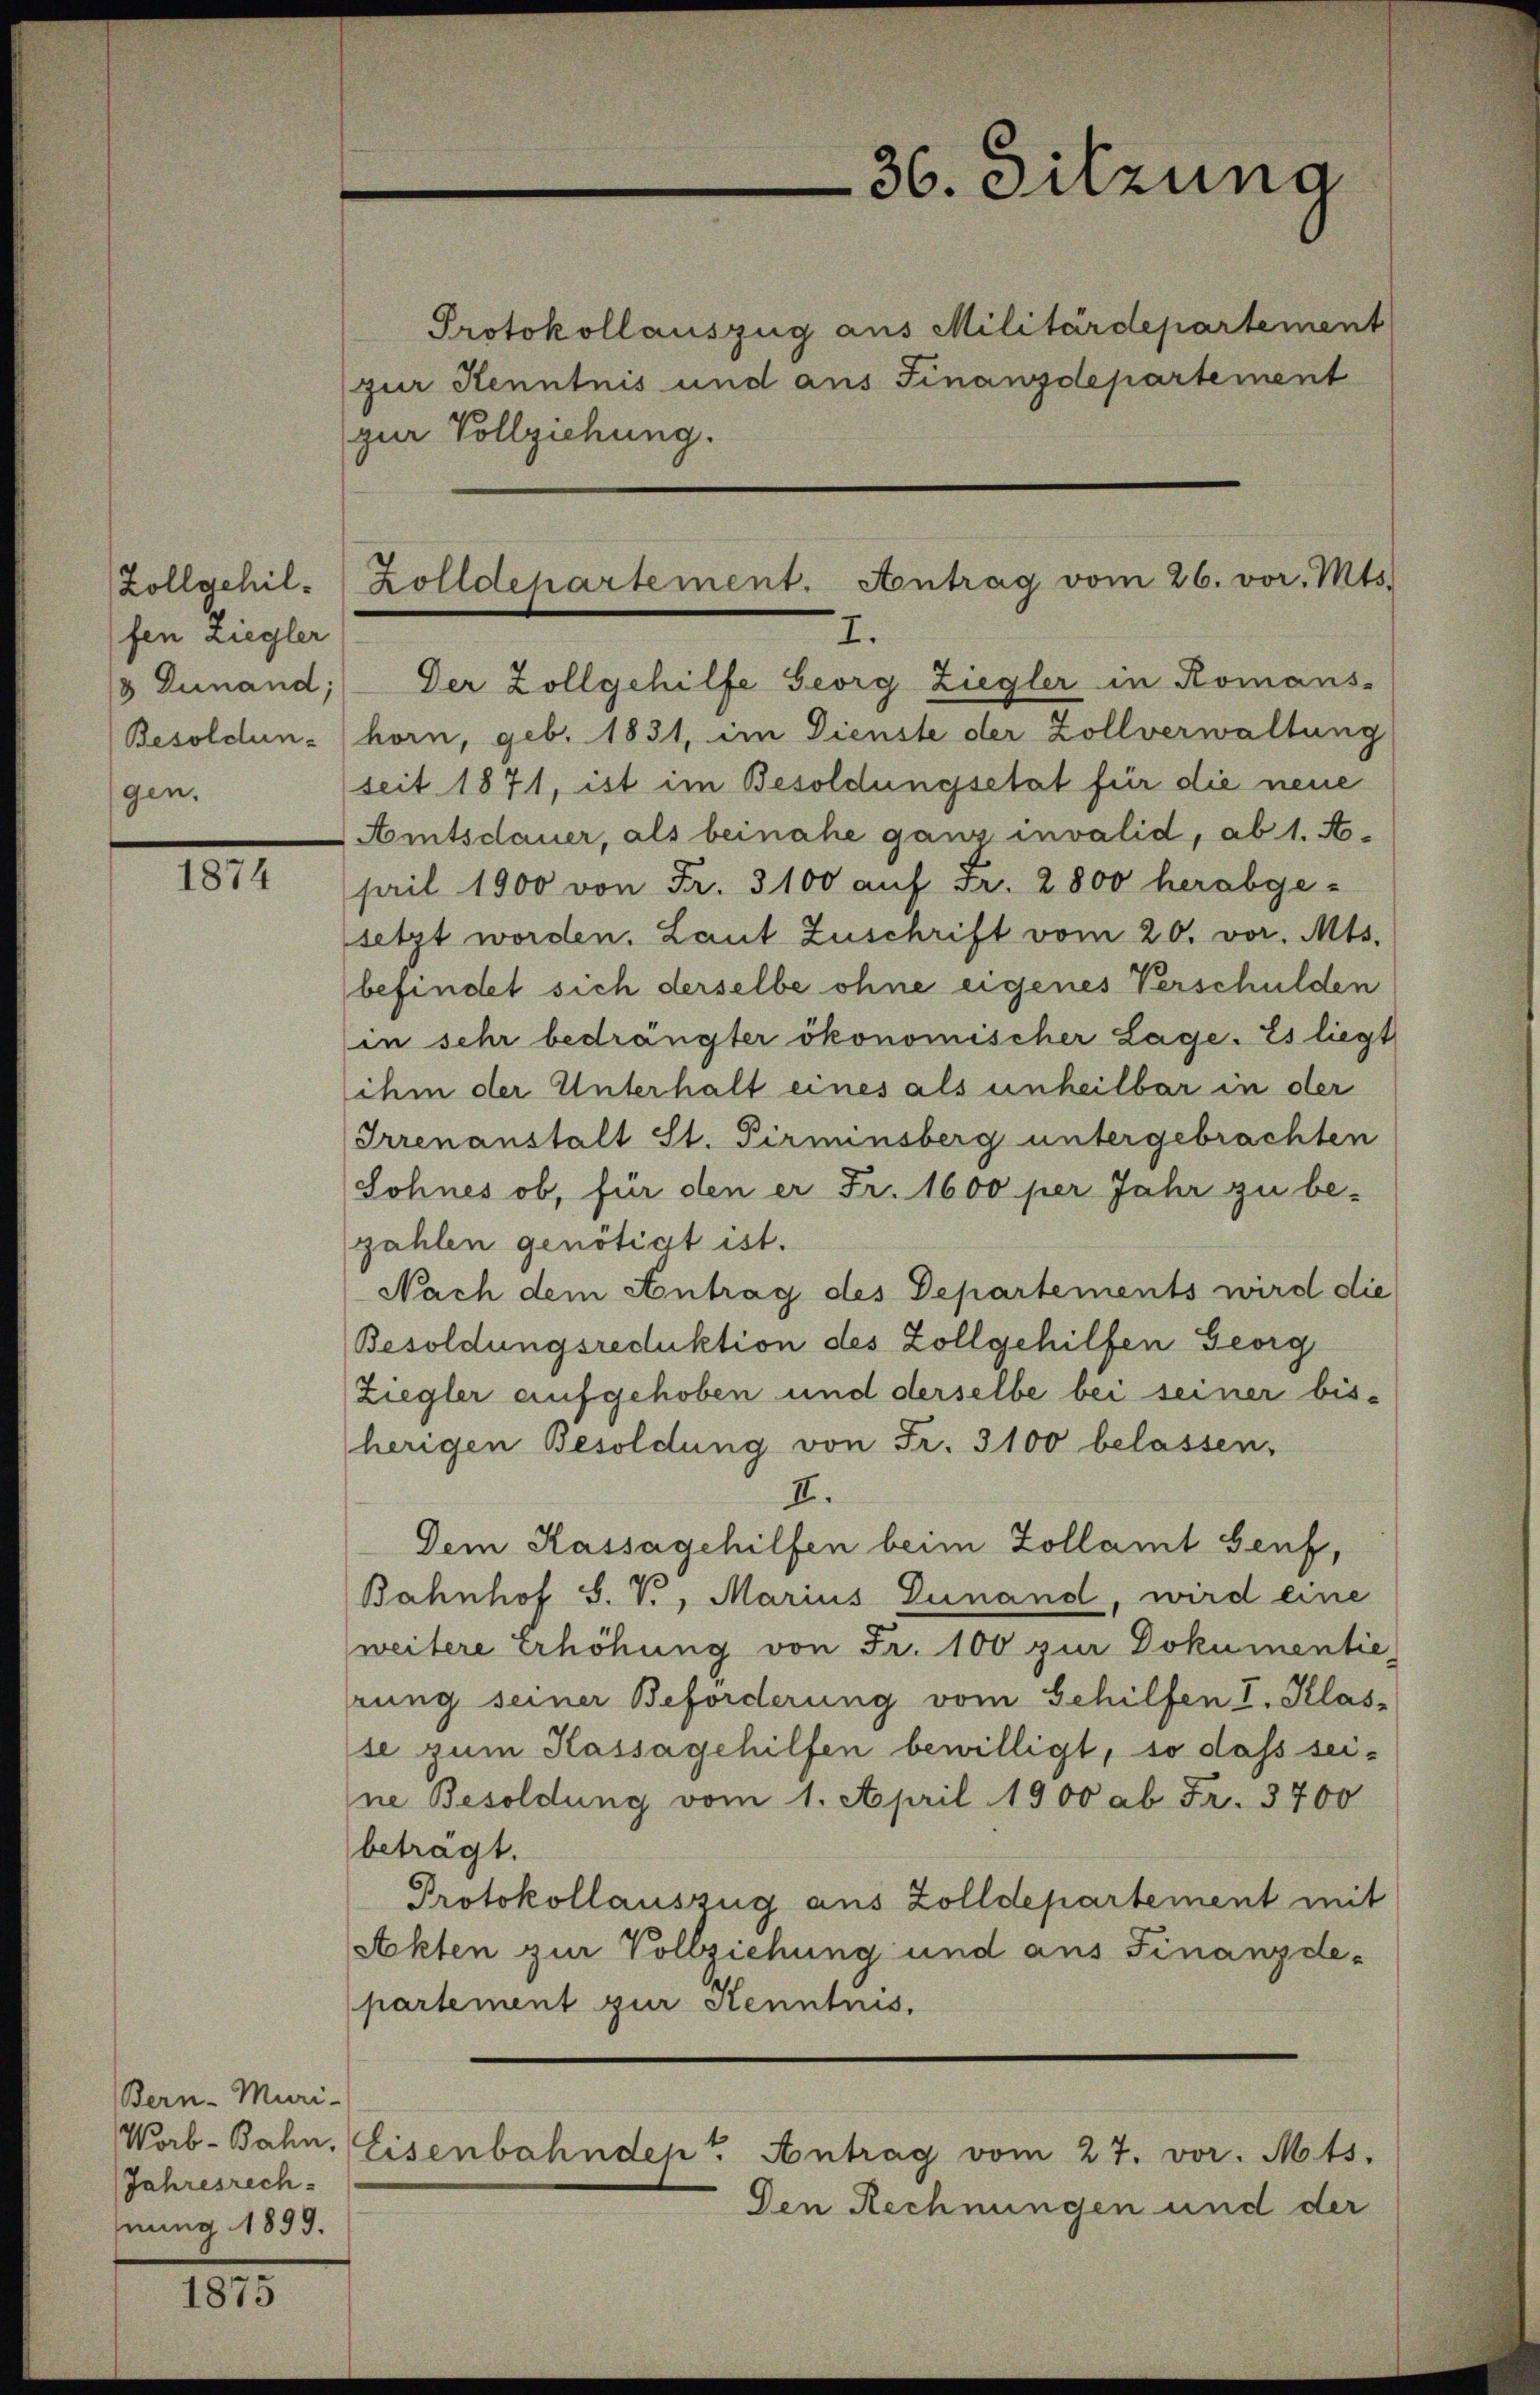
Zollgehilfen Ziegler
3 Dunand;
gen.

1874

Bern - Muri-
Jahresrech
nung 1899.

1875

Protokollauszug aus Militärdepartement
(zur Kenntnis und aus Finanzdepartement
zur Vollziehung.
Der Zollgehilfe Georg Ziegler in Romans-
Besoldun- (horn, geb. 1831, im Dienste der Zollverwaltung
seit 1871, ist im Besoldungsetat für die neue
Amtsdauer, als beinahe ganz invalid, ab 1. A.
pril 1900 von Fr. 3100 auf Fr. 2800 herabge-
setzt worden. Laut Zuschrift vom 20. vor. Mts.
befindet sich derselbe ohne eigenes Verschulden
in sehr bedrängter ökonomischer Lage. Es liegt
ihm der Unterhalt eines als unheilbar in der
Irrenanstalt St. Pirminsberg untergebrachten
Sohnes ob, für den er Fr. 1600 per Jahr zu be-
zahlen genötigt ist.
Nach dem Antrag des Departements wird die
Besoldungsreduktion des Zollgehilfen Georg
Ziegler aufgehoben und derselbe bei seiner bisherigen Besoldung von Fr. 3100 belassen,
II.
Dem Kassagehilfen beim Zollamt Genf,
Bahnhof S. V., Marius Dunand, wird eine
weitere Erhöhung von Fr. 100 zur Dokumentie,
rung seiner Beforderung vom Gehilfen I. Klas-
se zum Kassagehilfen bewilligt, so dass seine Besoldung vom 1. April 1900 ab Fr. 3700
beträgt.
Protokollauszug aus Zolldepartement mit
Akten zur Vollziehung und aus Finanzdepartement zur Kenntnis.
Worb. Bahn. Eisenbahndepr Antrag vom 27. vor. Mts.

36. Sitzuna

Zolldepartement. Antrag vom 26. vor. Mts.
I.